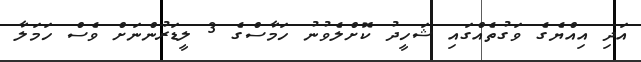
އަދި އިއްޔެގެ ވަގުތެއްގައި ޝަހީދު ކޮށްލެވުނު ހަމާސްގެ 3 ލީޑަރުންނަށް ވެސް ހަމަލާ